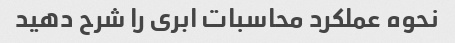
نحوه عملکرد محاسبات ابری را شرح دهید